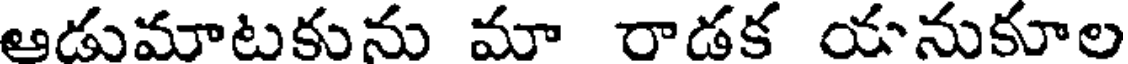
ఆడుమాటకును మా రాడక యనుకూల